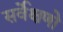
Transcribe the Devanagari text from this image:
सर्वेक्षणो